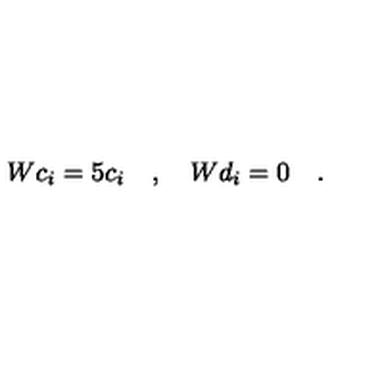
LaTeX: W c _ { i } = 5 c _ { i } \quad , \quad W d _ { i } = 0 \quad .